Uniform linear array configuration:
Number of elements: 64
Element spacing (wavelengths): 1
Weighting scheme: uniform
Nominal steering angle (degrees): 0
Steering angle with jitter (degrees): -0.2337
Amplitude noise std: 0.05
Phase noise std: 0.05

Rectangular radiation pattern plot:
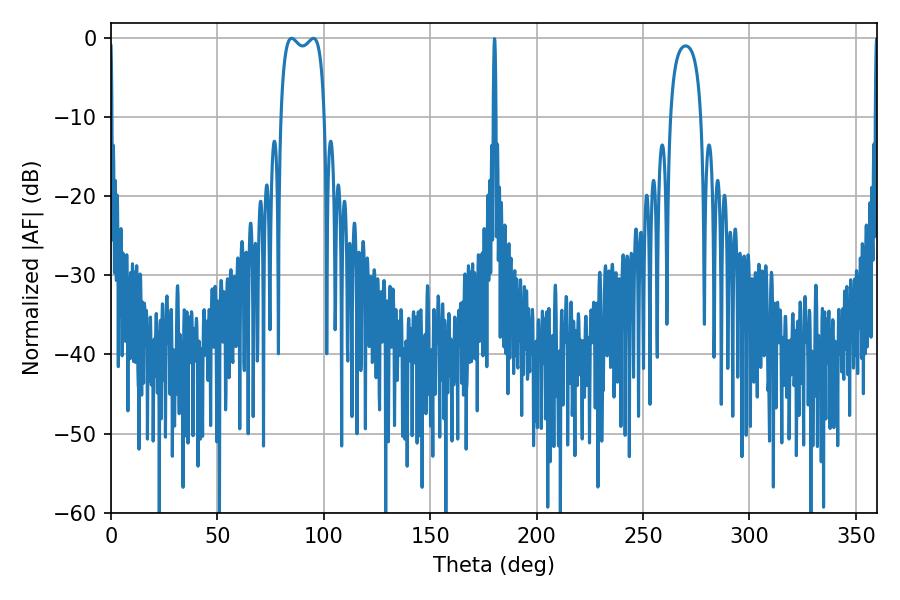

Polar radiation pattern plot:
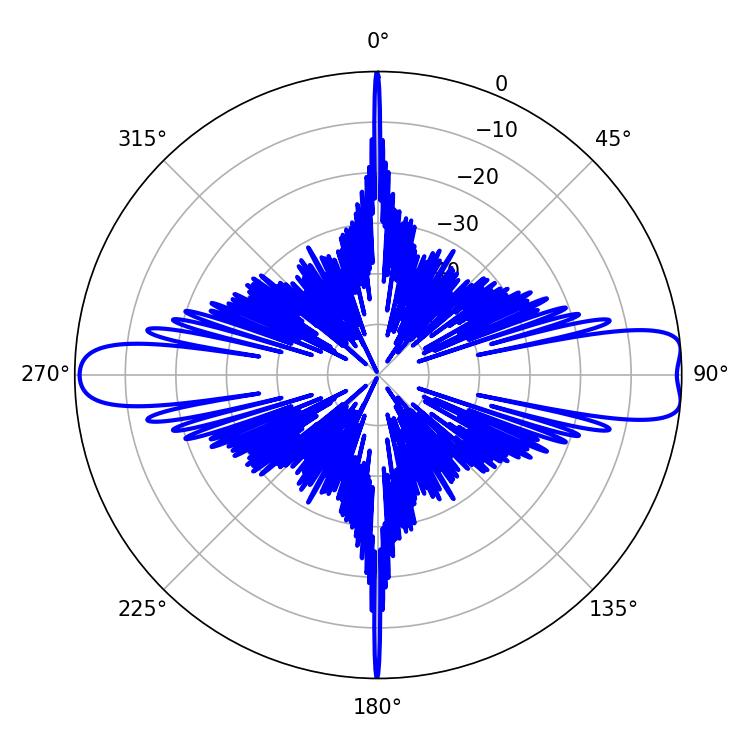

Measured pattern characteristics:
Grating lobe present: TRUE
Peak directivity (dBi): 11.646
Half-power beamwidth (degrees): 16.92
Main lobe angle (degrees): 84.78